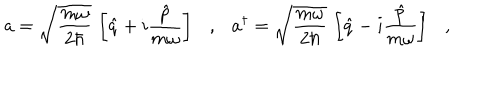
LaTeX: a = \sqrt { \frac { m \omega } { 2 \hbar } } \, \left[ \hat { q } + i \frac { \hat { p } } { m \omega } \right] \ \ \ , \ \ \ a ^ { \dagger } = \sqrt { \frac { m \omega } { 2 \hbar } } \, \left[ \hat { q } - i \frac { \hat { p } } { m \omega } \right] \ \ \ , \ \ \